Leaving Certificate Examination, 1925
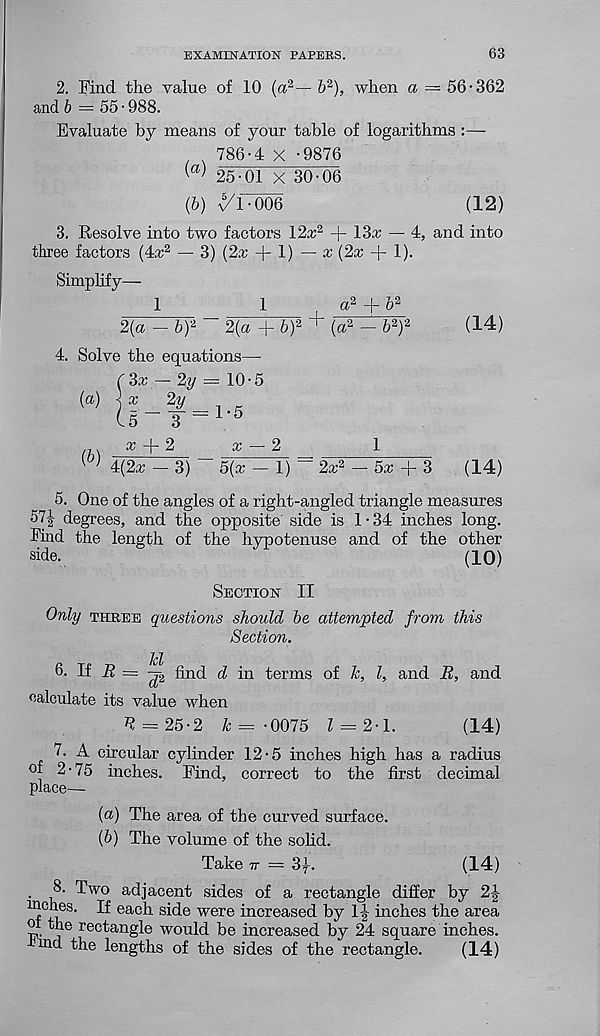
EXAMINATION PAPERS.
63
2. Find the value of 10 (a 2 — & 2 ), when a — 56-362
and b = 55- 988.
Evaluate by means of your table of logarithms:—
786-4 x -9876
25-01 x 30-06
(6) ^rooe
(12)
3. Resolve into two factors 12a; 2
13,r — 4, and into
three factors (4a; 2 — 3) (2a; + 1) — a; (2a; + 1).
Simphfy-
1
1
2{a - bf
2(a + b) 2
4. Solve the equations—
C 3a; — 2y — 10-5
(a 2 — 6 2 ) 2
(14)
(a)
(&)
x
x
2
4(2a; - 3) - 5(a; - 1) = 2cr 2 - 5a; + 3
(14)
5. One of the angles of a right-angled triangle measures
57^ degrees, and the opposite side is 1-34 inches long.
Find the length of the hypotenuse and of the other
side.
(10)
Section II
Only theee questions should be attempted from this
Section.
kl
6. If I? ==
find d in terms of k, l, and B, and
calculate its value when
^ = 25-2 k = -0075 Z = 2-l.
(14)
7. A circular cylinder 12-5 inches high has a radius
°f 2-75 inches. Find, correct to the first decimal
place—
{a) The area of the curved surface.
(h) The volume of the solid.
Take n = 3f.
(14)
.
T wo adjacent sides of a rectangle differ by 2J
H each side were increased by 1| inches the area
of the rectangle would be increased by 24 square inches.
m d the lengths of the sides of the rectangle.
(14)